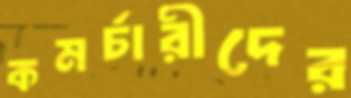
কমর্চারীদের